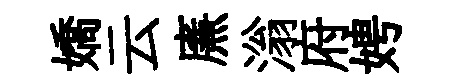
嬌云㢘滃府娉